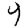
Digit: 4